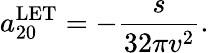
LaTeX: a_{20}^{\mathrm{LET}}=-{\frac{s}{32\pi v^{2}}}.